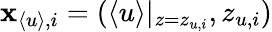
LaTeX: \mathbf{x}_{\langle u\rangle,i}=(\langle u\rangle|_{z=z_{u,i}},z_{u,i})